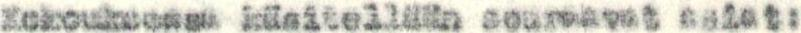
Kokouksessa käsitellään seuraavat asiat: